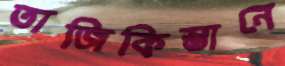
তাজিকিস্তানে